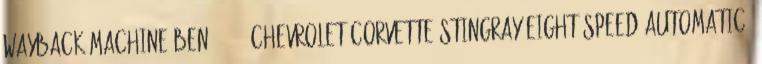
Wayback Machine-ben ↑ 2015 Chevrolet Corvette Stingray Eight-Speed Automatic.